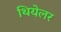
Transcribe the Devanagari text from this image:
थियेलर